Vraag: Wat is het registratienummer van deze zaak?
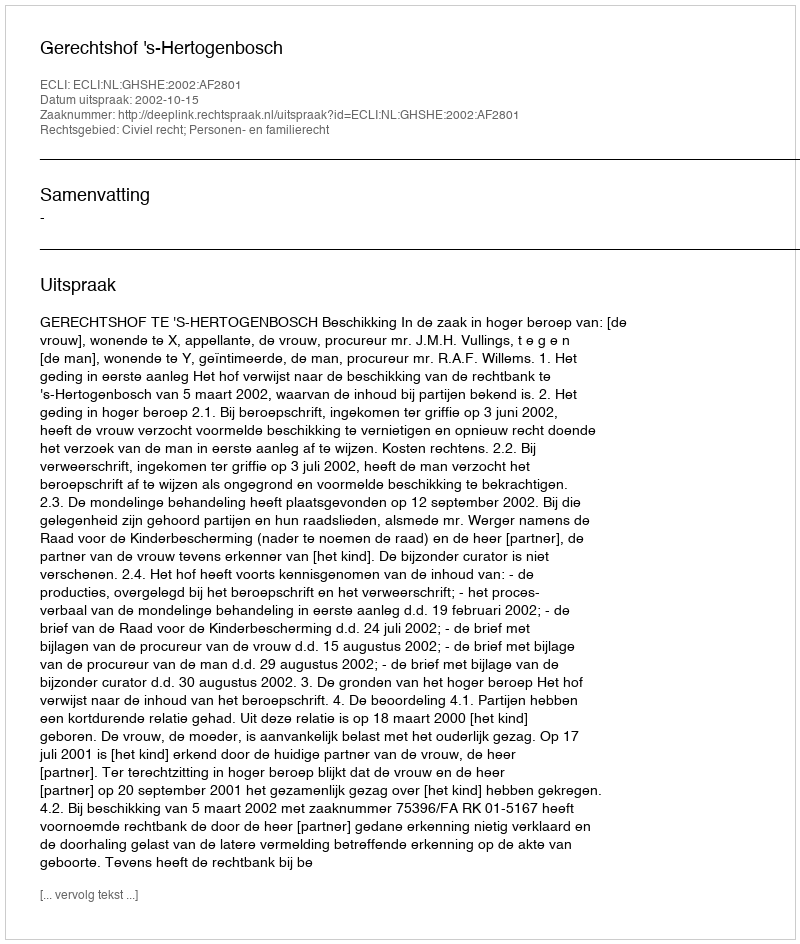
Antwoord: http://deeplink.rechtspraak.nl/uitspraak?id=ECLI:NL:GHSHE:2002:AF2801